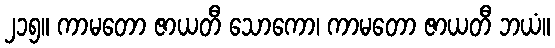
၂၁၅။ ကာမတော ဇာယတီ သောကော၊ ကာမတော ဇာယတီ ဘယံ။